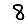
Digit: 8